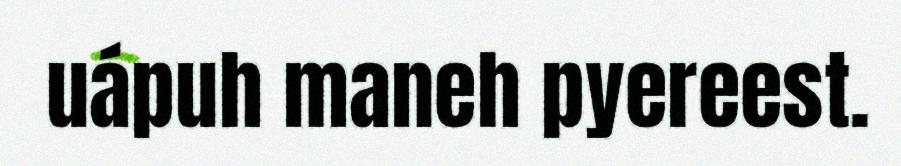
uápuh maneh pyereest.